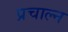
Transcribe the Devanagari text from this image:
प्रचाल्न